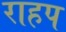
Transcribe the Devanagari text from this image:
राहप